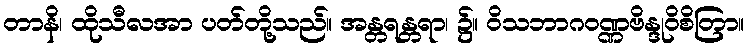
တာနိ၊ ထိုသီလအာ ပတ်တို့သည်။ အန္တရန္တရာ၊ ၌။ ဝိသဘာဂဝဏ္ဏဗိန္ဒုဝိစိတြာ။